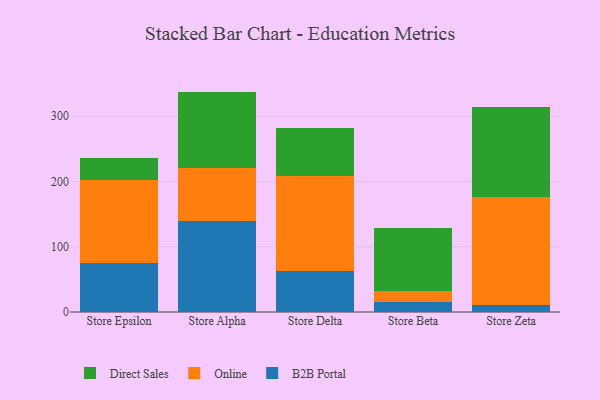
{"axis": {"x": "Store", "y": "Market Share (%)"}, "legend": ["B2B Portal", "Direct Sales", "Online"], "data": [{"x": "Store Epsilon", "y": 75.4, "type": "B2B Portal"}, {"x": "Store Epsilon", "y": 127.4, "type": "Online"}, {"x": "Store Epsilon", "y": 33.6, "type": "Direct Sales"}, {"x": "Store Alpha", "y": 139.3, "type": "B2B Portal"}, {"x": "Store Alpha", "y": 81.1, "type": "Online"}, {"x": "Store Alpha", "y": 117.4, "type": "Direct Sales"}, {"x": "Store Delta", "y": 63.6, "type": "B2B Portal"}, {"x": "Store Delta", "y": 144.7, "type": "Online"}, {"x": "Store Delta", "y": 73.8, "type": "Direct Sales"}, {"x": "Store Beta", "y": 15.3, "type": "B2B Portal"}, {"x": "Store Beta", "y": 17.2, "type": "Online"}, {"x": "Store Beta", "y": 95.5, "type": "Direct Sales"}, {"x": "Store Zeta", "y": 10.5, "type": "B2B Portal"}, {"x": "Store Zeta", "y": 165.4, "type": "Online"}, {"x": "Store Zeta", "y": 138.7, "type": "Direct Sales"}]}